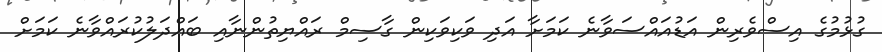
ގުޅުމުގެ އިސްވެރިން އަޑުއައްސަވާނެ ކަމަށާ އަދި ވަކިވަކިން ގާސިމް ރައްޔިތުންނާއި ބައްދަލުކުރައްވާނެ ކަމަށް